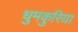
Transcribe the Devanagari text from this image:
धुमकुरिया